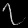
Digit: ၇